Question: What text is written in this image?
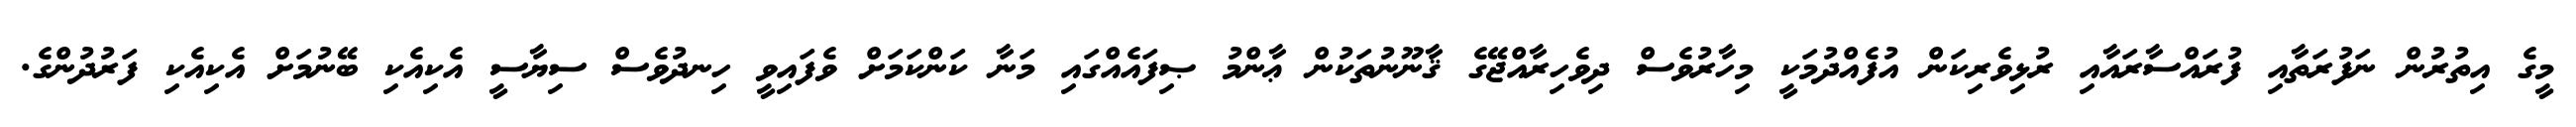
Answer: މީގެ އިތުރުން ނަފުރަތާއި ފުރައްސާރައާއި ރުޅިވެރިކަން އުފެއްދުމަކީ މިހާރުވެސް ދިވެހިރާއްޖޭގެ ޤާނޫނުތަކުން ޢާންމު ޞިފައެއްގައި މަނާ ކަންކަމަށް ވެފައިވީ ހިނދުވެސް ސިޔާސީ އެކިއެކި ބޭނުމަށް އެކިއެކި ފަރުދުންގެ.